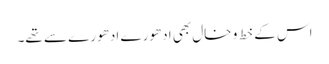
اس کے خط و خال بھی ادھورے ادھورے سے تھے۔